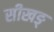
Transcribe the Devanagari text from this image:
सीखङ्